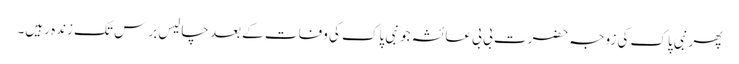
پھر نبی پاک کی زوجہ حضرت بی بی عائشہ جو نبی پاک کی وفات کے بعد چالیس برس تک زندہ رہیں۔